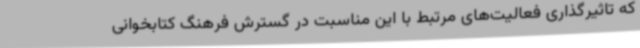
که تاثیرگذاری فعالیت‌های مرتبط با این مناسبت در گسترش فرهنگ کتابخوانی